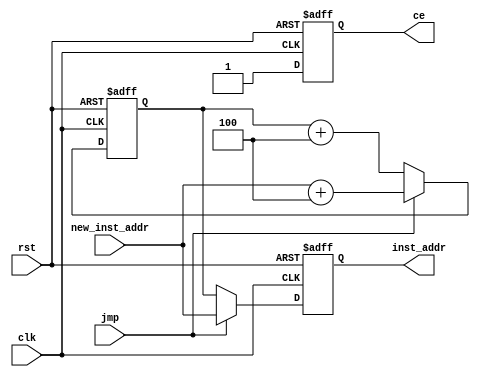
module IF(

	input wire		 clk,
	input wire		 rst,        // high is reset
	input wire		 jmp,
	input wire[31:0] new_inst_addr,
	output reg		 ce,
	output reg[31:0] inst_addr

);
	reg[31:0] pc;
  
	always @ (posedge clk or posedge rst)
	if(rst)
		ce <= 1'b0;
	else
		ce <= 1'b1;

	always @ (posedge clk or posedge rst)
	if(rst)
		pc <= 32'b0;
	else if(jmp)
		pc <= new_inst_addr + 32'd4;
	else
		pc <= pc + 32'd4;

	always @ (posedge clk or posedge rst)
	if(rst)
		inst_addr <= 32'b0;
	else if(jmp)
		inst_addr <= new_inst_addr;
	else
		inst_addr <= pc;
    
endmodule